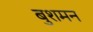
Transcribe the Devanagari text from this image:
बुशमन